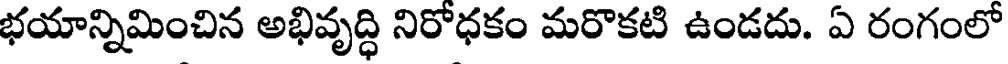
భయాన్నిమించిన అభివృద్ధి నిరోధకం మరొకటి ఉండదు. ఏ రంగంలో